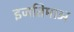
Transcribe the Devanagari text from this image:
इजतिमाअ